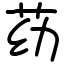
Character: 苭